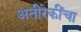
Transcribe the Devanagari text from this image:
अतीरेकींचा